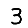
Digit: 3